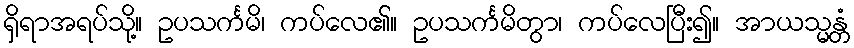
ရှိရာအရပ်သို့။ ဥပသင်္ကမိ၊ ကပ်လေ၏။ ဥပသင်္ကမိတွာ၊ ကပ်လေပြီး၍။ အာယသ္မန္တံ